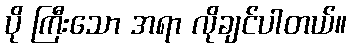
ပို ကြီးသော အရာ လိုချင်ပါတယ်။